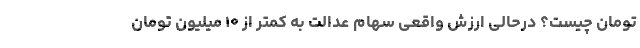
تومان چیست؟ درحالی ارزش واقعی سهام عدالت به کمتر از ۱۰ میلیون تومان